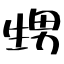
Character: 甥